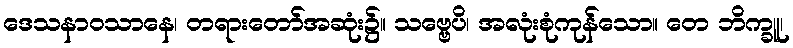
ဒေသနာဝသာနေ၊ တရားတော်အဆုံး၌။ သဗ္ဗေပိ၊ အလုံးစုံကုန်သော။ တေ ဘိက္ခူ၊